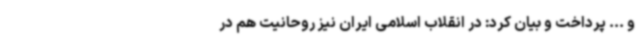
و ... پرداخت و بیان کرد: در انقلاب اسلامی ایران نیز روحانیت هم در